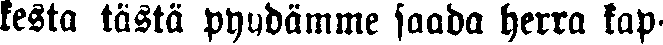
kesta tästä pyydämme saada herra kap-